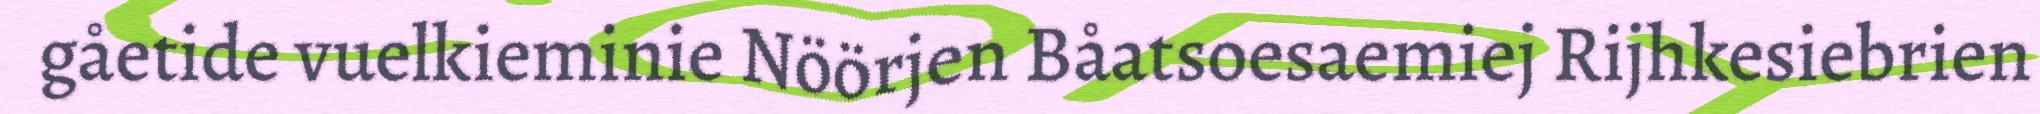
gåetide vuelkieminie Nöörjen Båatsoesaemiej Rijhkesiebrien